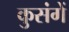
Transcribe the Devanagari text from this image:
कुसंगें